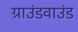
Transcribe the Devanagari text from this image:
ग्राउंडवाउंड